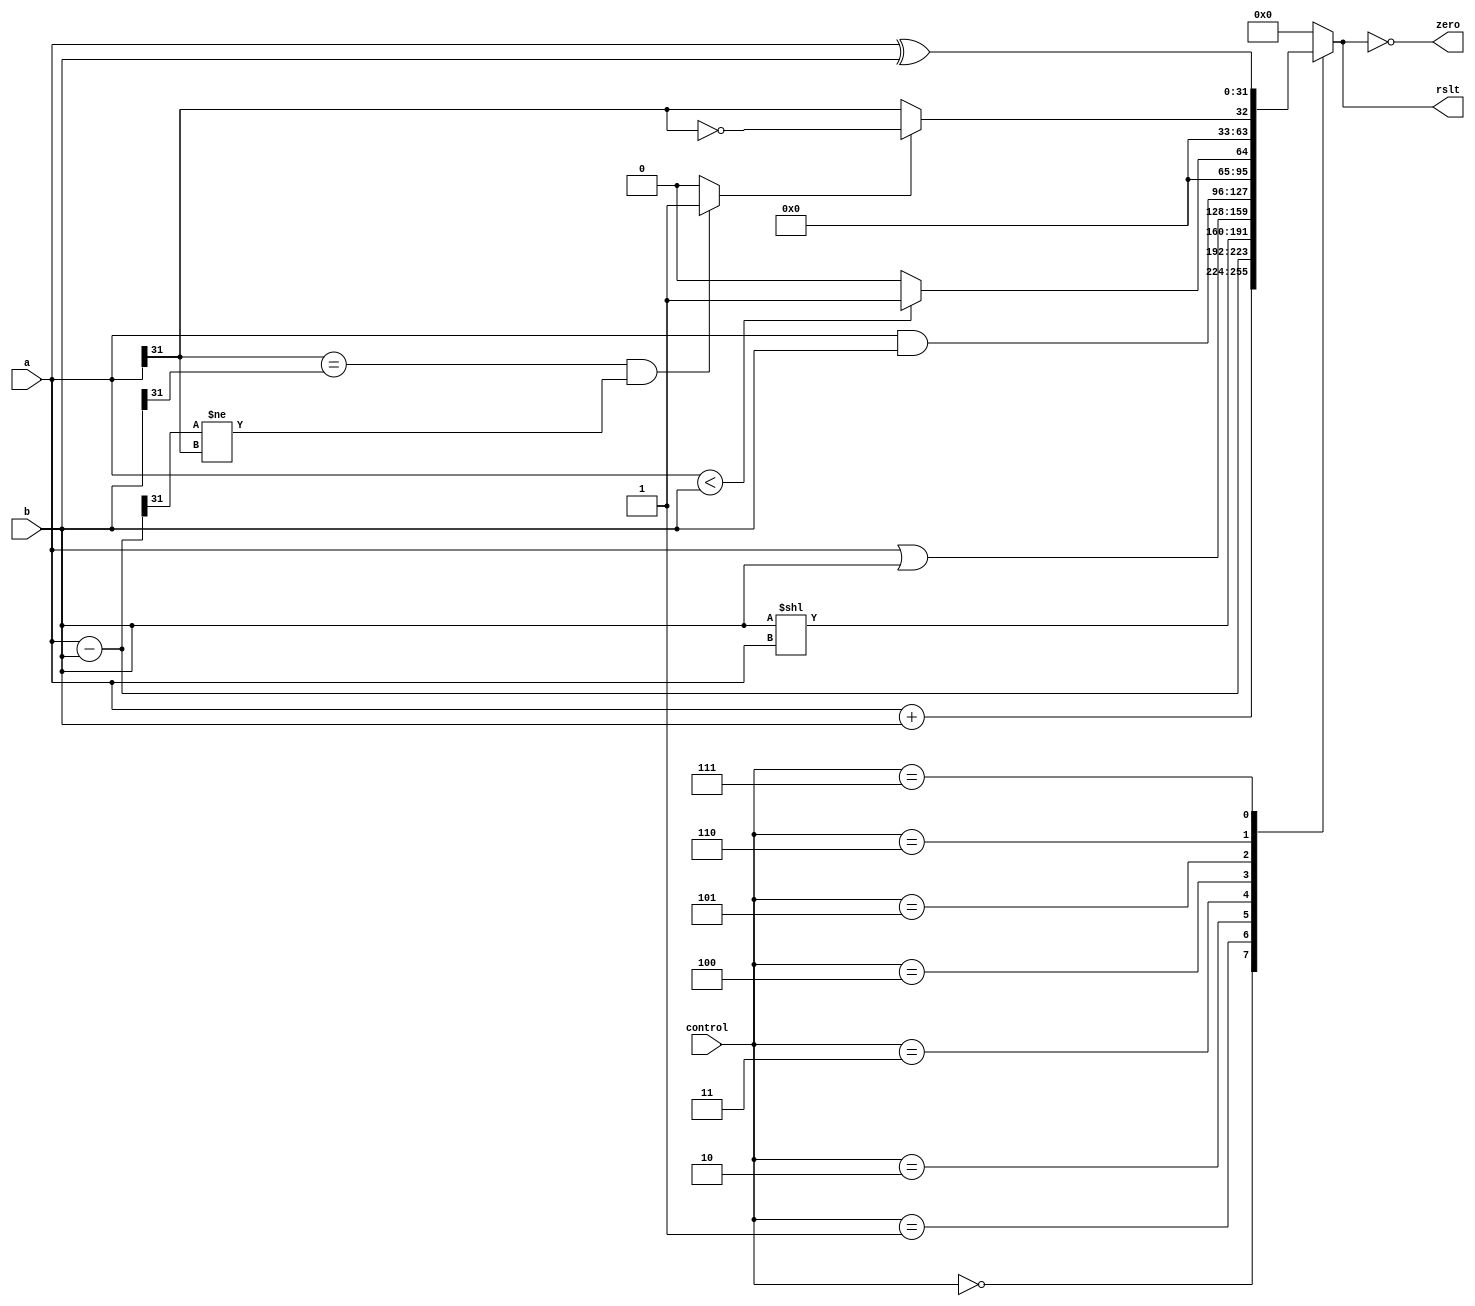
`timescale 1ns / 1ps

module ALU(
        input		[3:0]	control,
		input		[31:0]	a, b,
		output reg	[31:0]	rslt,
		output				zero);

	wire [31:0] sub_ab;
	wire [31:0] add_ab;
	wire 		oflow_add;
	wire 		oflow_sub;
	wire 		oflow;
	wire 		slt;

	assign zero = (0 == rslt);

	assign sub_ab = a - b;
	assign add_ab = a + b;

	assign oflow_add = (a[31] == b[31] && add_ab[31] != a[31]) ? 1 : 0;
	assign oflow_sub = (a[31] == b[31] && sub_ab[31] != a[31]) ? 1 : 0;

	assign oflow = (control == 4'b0000) ? oflow_add : oflow_sub;

	// set if less than, 2s compliment 32-bit numbers
	assign slt = oflow_sub ? ~(a[31]) : a[31];

	always @(*) begin
		case (control)
		    4'b0000: rslt <= add_ab;
		    4'b0001: rslt <= sub_ab;
		    4'b0010: rslt <= b << a;
		    4'b0011: rslt <= a | b;
		    
		    4'b0100: rslt <= a & b;
		    4'b0101: rslt <= a < b ? 1 : 0;
		    4'b0110: rslt <= {{31{1'b0}}, slt};
		    4'b0111: rslt <= a ^ b;
		    /* standard mips impl */
//			4'd2:  rslt <= add_ab;				/* add */
//			4'd0:  rslt <= a & b;				/* and */
//			4'd12: rslt <= ~(a | b);				/* nor */
//			4'd1:  rslt <= a | b;				/* or */
//			4'd7:  rslt <= {{31{1'b0}}, slt};	/* slt */
//			4'd6:  rslt <= sub_ab;				/* sub */
//			4'd13: rslt <= a ^ b;				/* xor */
			default: rslt <= 0;
		endcase
	end
endmodule